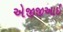
એજીજીઆઈ